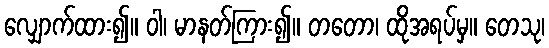
လျှောက်ထား၍။ ဝါ၊ မာနတ်ကြား၍။ တတော၊ ထိုအရပ်မှ။ တေသု၊